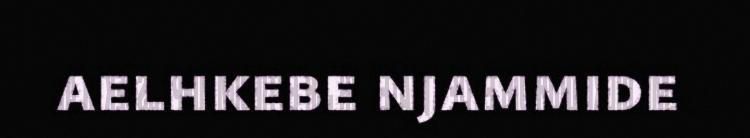
aelhkebe njammide